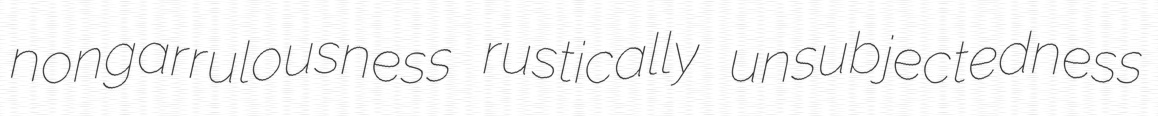
nongarrulousness rustically unsubjectedness